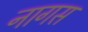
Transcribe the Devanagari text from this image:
नागस